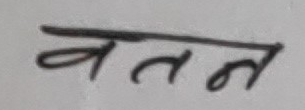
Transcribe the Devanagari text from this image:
वतन